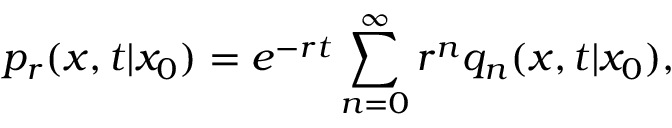
p _ { r } ( x , t | x _ { 0 } ) = e ^ { - r t } \sum _ { n = 0 } ^ { \infty } r ^ { n } q _ { n } ( x , t | x _ { 0 } ) ,